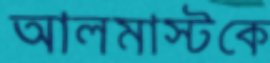
আলমাস্টকে